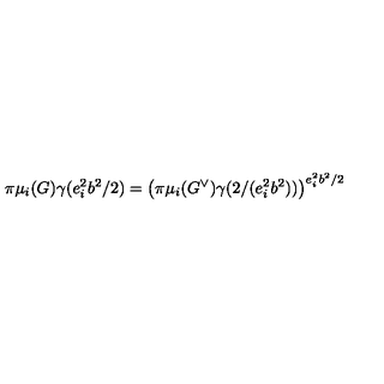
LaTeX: \pi \mu _ { i } ( G ) \gamma ( e _ { i } ^ { 2 } b ^ { 2 } / 2 ) = \left( \pi \mu _ { i } ( G ^ { \vee } ) \gamma ( 2 / ( e _ { i } ^ { 2 } b ^ { 2 } ) ) \right) ^ { e _ { i } ^ { 2 } b ^ { 2 } / 2 }